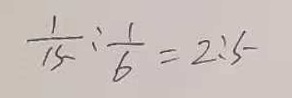
\frac { 1 } { 1 5 } : \frac { 1 } { 6 } = 2 : 5